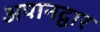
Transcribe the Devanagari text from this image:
अपानद्वार